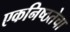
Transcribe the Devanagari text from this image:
एकनिष्ठतेचा